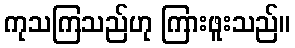
ကုသကြသည်ဟု ကြားဖူးသည်။